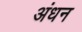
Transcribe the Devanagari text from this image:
अंधन